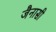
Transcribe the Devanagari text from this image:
जैनासी